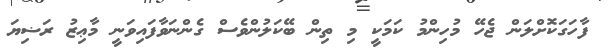
ފާހަގަކޮށްލަން ޖެހޭ މުހިންމު ކަމަކީ މި ތިން ބޭކަލުންވެސް ގެންނަވާފައިވަނީ މާޢިޒު ރަޟިޔަ